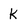
Character: K